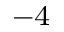
^ { - 4 }